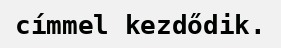
címmel kezdődik.